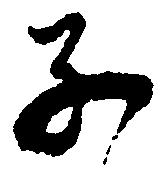
子